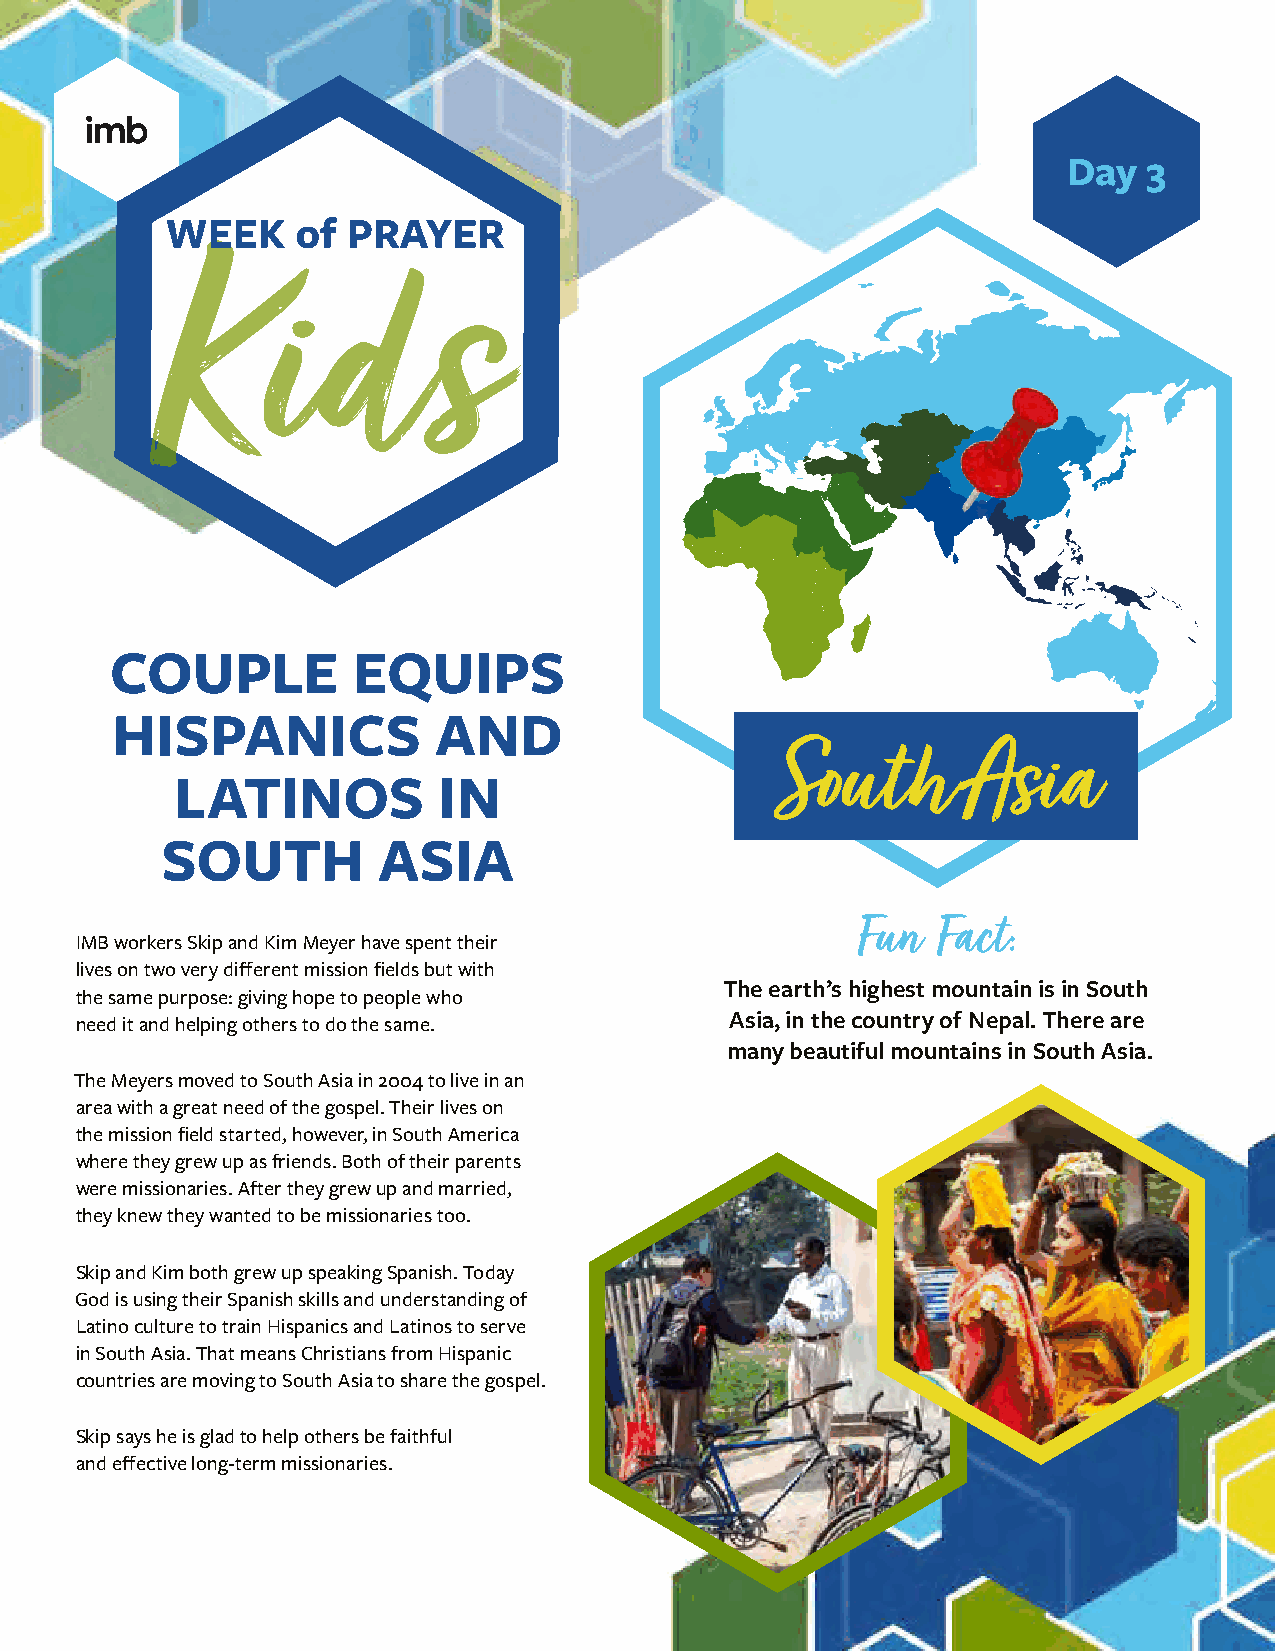
Day  3
 COUPLE          EQUIPS
 HISPANICS             AND
 South        Asia
 LATINOS          IN
 SOUTH         ASIA
 Fun  Fact:
 IMB workers Skip and Kim Meyer have spent their
 lives on two very different mission fields but with
 The earth’s highest mountain is in South
 the same purpose: giving hope to people who
 need it and helping others to do the same. Asia, in the country of Nepal. There are
 many beautiful mountains in South Asia.
 The Meyers moved to South Asia in 2004 to live in an
 area with a great need of the gospel. Their lives on
 the mission field started, however, in South America
 where they grew up as friends. Both of their parents
 were missionaries. After they grew up and married,
 they knew they wanted to be missionaries too.
 Skip and Kim both grew up speaking Spanish. Today
 God is using their Spanish skills and understanding of
 Latino culture to train Hispanics and Latinos to serve
 in South Asia. That means Christians from Hispanic
 countries are moving to South Asia to share the gospel.
 Skip says he is glad to help others be faithful
 and effective long-term missionaries.